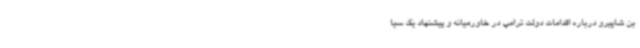
بن شاپیرو درباره اقدامات دولت ترامپ در خاورمیانه و پیشنهاد یک سیا